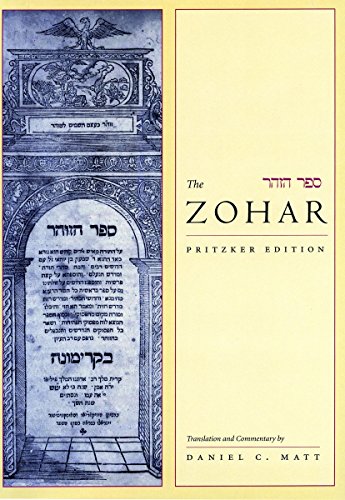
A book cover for The Zohar: Pritzker Edition, Vol. 1; Religion & Spirituality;